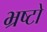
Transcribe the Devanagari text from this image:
भ्रष्टो